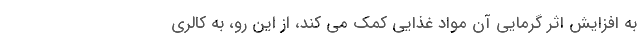
به افزایش اثر گرمایی آن مواد غذایی کمک می کند، از این رو، به کالری